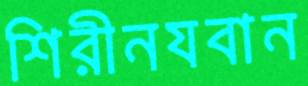
শিরীনযবান